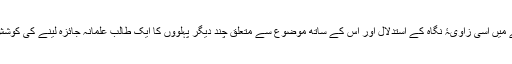
زیر نظر مقالے میں اسی زاویۂ نگاہ کے استدلال اور اس کے ساتھ موضوع سے متعلق چند دیگر پہلووں کا ایک طالب علمانہ جائزہ لینے کی کوشش کی گئی ہے۔